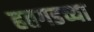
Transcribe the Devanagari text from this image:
हतगडच्या